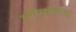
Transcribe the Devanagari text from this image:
लोकांतच